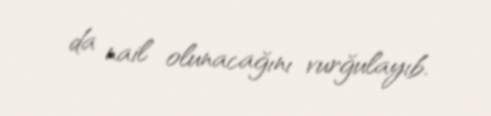
da nail olunacağını vurğulayıb.